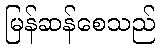
မြန်ဆန်စေသည်